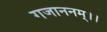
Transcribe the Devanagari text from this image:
गजाननम्।।